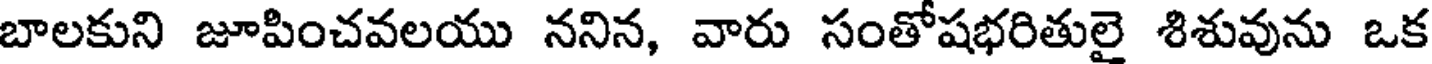
బాలకుని జూపించవలయు ననిన, వారు సంతోషభరితులై శిశువును ఒక